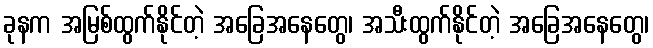
ခုနက အမြစ်ထွက်နိုင်တဲ့ အခြေအနေတွေ၊ အသီးထွက်နိုင်တဲ့ အခြေအနေတွေ၊